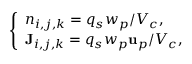
\left\{ \begin{array} { l l } { n _ { i , j , k } = q _ { s } w _ { p } / V _ { c } , } \\ { { \bf { J } } _ { i , j , k } = q _ { s } w _ { p } { \bf { u } } _ { p } / V _ { c } , } \end{array} \right.